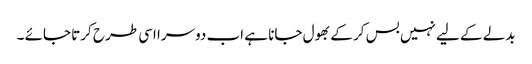
بدلے کے لیے نہیں بس کر کے بھول جانا ہے اب دوسرا اسی طرح کرتا جائے ۔